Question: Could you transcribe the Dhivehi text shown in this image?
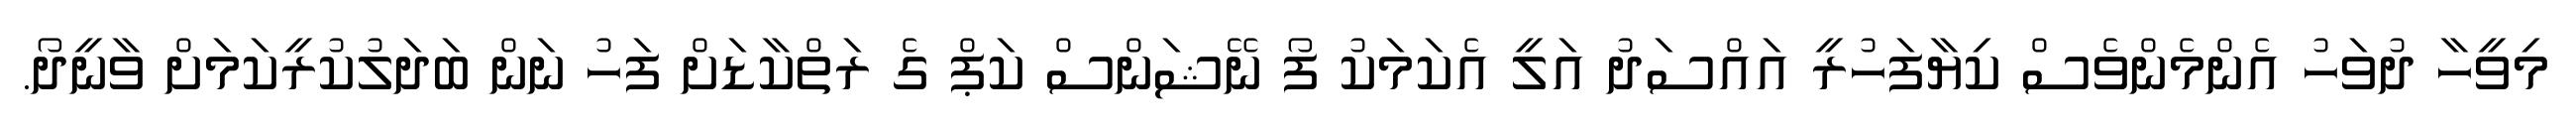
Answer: މިވީހާ ދުވަހު އެންމެންވެސް ކިޔާފަހުރީ އައްސަދު އަލީ އެކަމަކު ފޯ ނޭޝަންސް ކަޕް ގެ ރަތްކާޑަށް ފަހު ނަން ބަދަލުކުރީކަމަށް ވާނީދޯ.